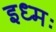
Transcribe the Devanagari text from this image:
इध्मः